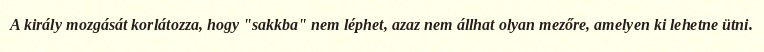
A király mozgását korlátozza, hogy "sakkba" nem léphet, azaz nem állhat olyan mezőre, amelyen ki lehetne ütni.